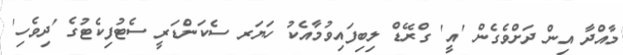
މާއްދާ އިން ދަށްވެގެން 'އީ' ގްރޭޑް ލިބިފައިވުމާއެކު ހަޔަރ ސެކަންޑަރީ ސެޓުފިކެޓުގެ 'ދިވެހި'